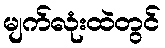
မျက်လုံးထဲတွင်